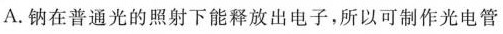
A.钠在普通光的照射下能释放出电子，所以可制作光电管